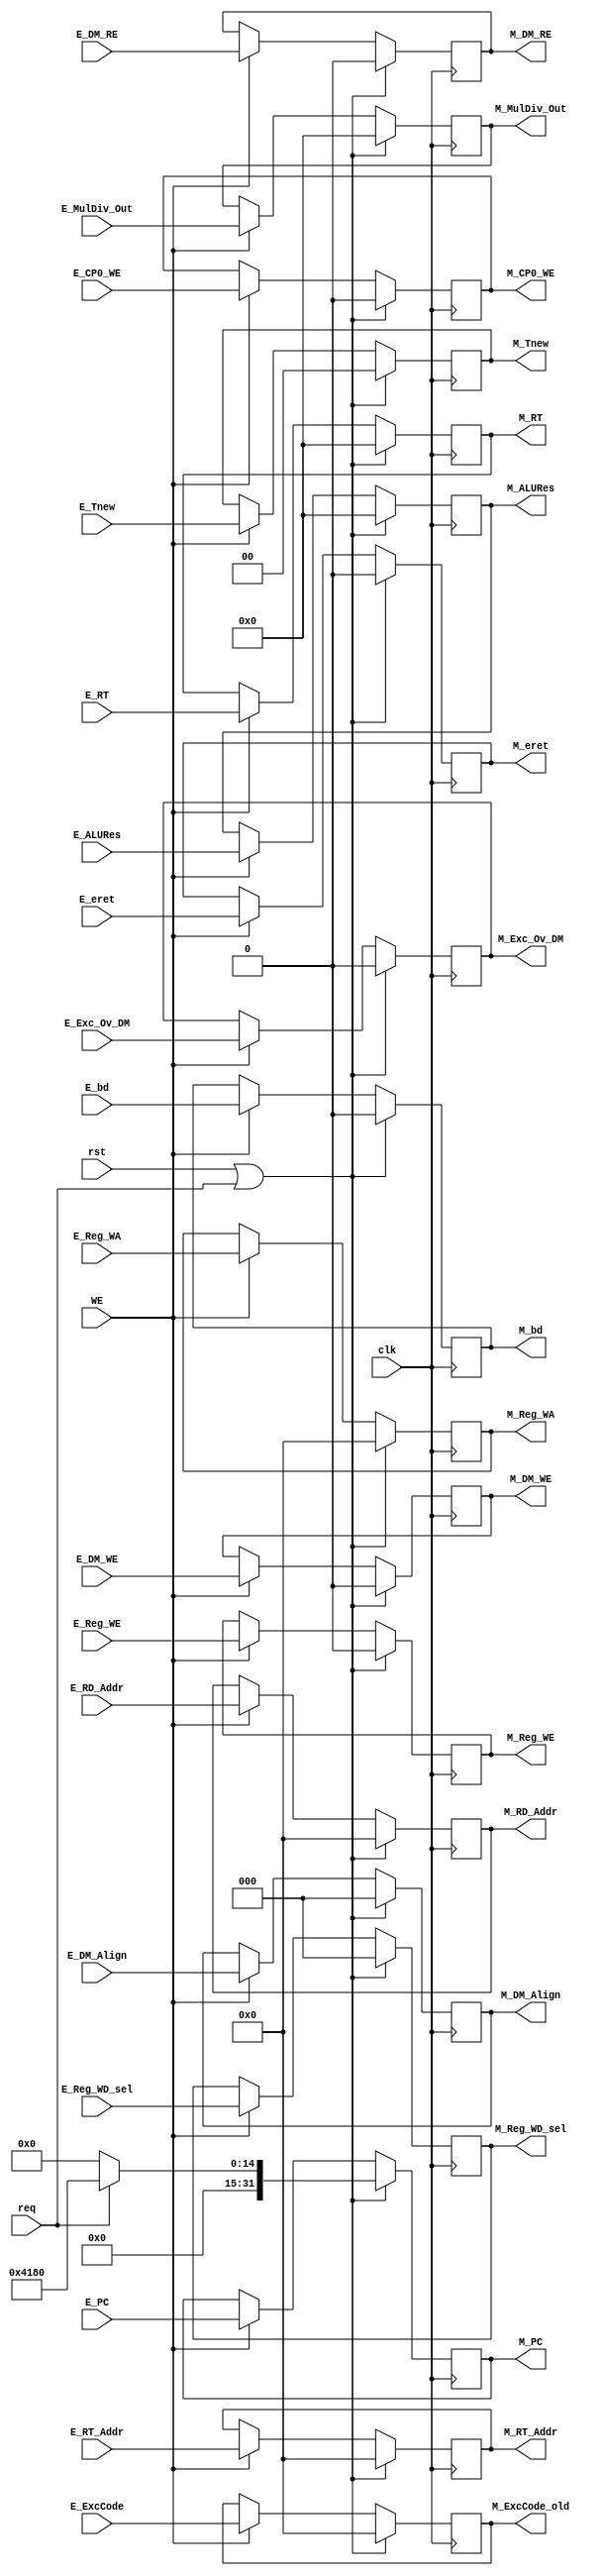
// This program was cloned from: https://github.com/Qin-shihuang/BUAA_CO_2023
// License: MIT License

module M_Reg (
    input wire req,
    input wire [4:0] E_ExcCode,
    input wire E_bd,
    input wire E_Exc_Ov_DM,

    output reg [4:0] M_ExcCode_old,
    output reg M_bd,
    output reg M_Exc_Ov_DM,

    input wire E_DM_RE,
    output reg M_DM_RE,

    input wire clk,
    input wire rst,
    input wire WE,

    input wire [31:0] E_PC,
    input wire [1:0] E_Tnew,

    input wire [4:0] E_RT_Addr,
    input wire [4:0] E_RD_Addr,
    input wire [31:0] E_RT,
    input wire E_DM_WE,
    input wire [2:0] E_DM_Align,
    input wire E_CP0_WE,
    input wire E_eret,

    input wire [31:0] E_ALURes,
    input wire [31:0] E_MulDiv_Out,
    input wire E_Reg_WE,
    input wire [4:0] E_Reg_WA,
    input wire [2:0] E_Reg_WD_sel,

    output reg [31:0] M_PC,
    output reg [1:0] M_Tnew,

    output reg [4:0] M_RT_Addr,
    output reg [4:0] M_RD_Addr,
    output reg [31:0] M_RT,
    output reg M_DM_WE,
    output reg [2:0] M_DM_Align,
    output reg M_CP0_WE,
    output reg M_eret,

    output reg [31:0] M_ALURes,
    output reg [31:0] M_MulDiv_Out,
    output reg M_Reg_WE,
    output reg [4:0] M_Reg_WA,
    output reg [2:0] M_Reg_WD_sel
);
    always @(posedge clk) begin
        if (rst || req) begin
            M_ExcCode_old <= 0;
            M_bd <= 0;
            M_Exc_Ov_DM <= 0;

            M_DM_RE <= 0;

            M_PC <= req? 32'h00004180: 0;
            M_Tnew <= 0;
            M_RT_Addr <= 0;
            M_RD_Addr <= 0;
            M_RT <= 0;
            M_DM_WE <= 0;
            M_DM_Align <= 0;
            M_CP0_WE <= 0;
            M_eret <= 0;
            M_ALURes <= 0;
            M_MulDiv_Out <= 0;
            M_Reg_WE <= 0;
            M_Reg_WA <= 0;
            M_Reg_WD_sel <= 0;
        end
        else if (WE) begin
            M_ExcCode_old <= E_ExcCode;
            M_bd <= E_bd;
            M_Exc_Ov_DM <= E_Exc_Ov_DM;

            M_DM_RE <= E_DM_RE;

            M_PC <= E_PC;
            M_Tnew <= E_Tnew;
            M_RT_Addr <= E_RT_Addr;
            M_RD_Addr <= E_RD_Addr;
            M_RT <= E_RT;
            M_DM_WE <= E_DM_WE;
            M_DM_Align <= E_DM_Align;
            M_CP0_WE <= E_CP0_WE;
            M_eret <= E_eret;
            M_ALURes <= E_ALURes;
            M_MulDiv_Out <= E_MulDiv_Out;
            M_Reg_WE <= E_Reg_WE;
            M_Reg_WA <= E_Reg_WA;
            M_Reg_WD_sel <= E_Reg_WD_sel;
        end
    end
endmodule